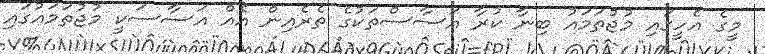
މީގެ އެހީގައި މުޖުތަމައު ބިނާ ކުރާ އަސާސްތަކުގެ ތެރެއިން އެއް އަސާސަކީ މުޖުތަމައުގައި